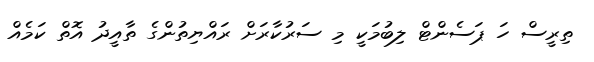
ތިރީސް ހަ ޕަސެންޓް ލިބުމަކީ މި ސަރުކާރަށް ރައްޔިތުންގެ ތާއީދު އޮތް ކަމެއް